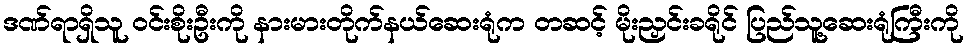
ဒဏ်ရာရှိသူ ဝင်းစိုးဦးကို နားမားတိုက်နယ်ဆေးရုံက တဆင့် မိုးညှင်းခရိုင် ပြည်သူ့ဆေးရုံကြီးကို